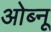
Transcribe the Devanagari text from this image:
ओब्नू